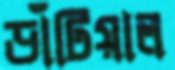
ডাঁটিয়াল